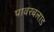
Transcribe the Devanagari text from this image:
पावरबलाड